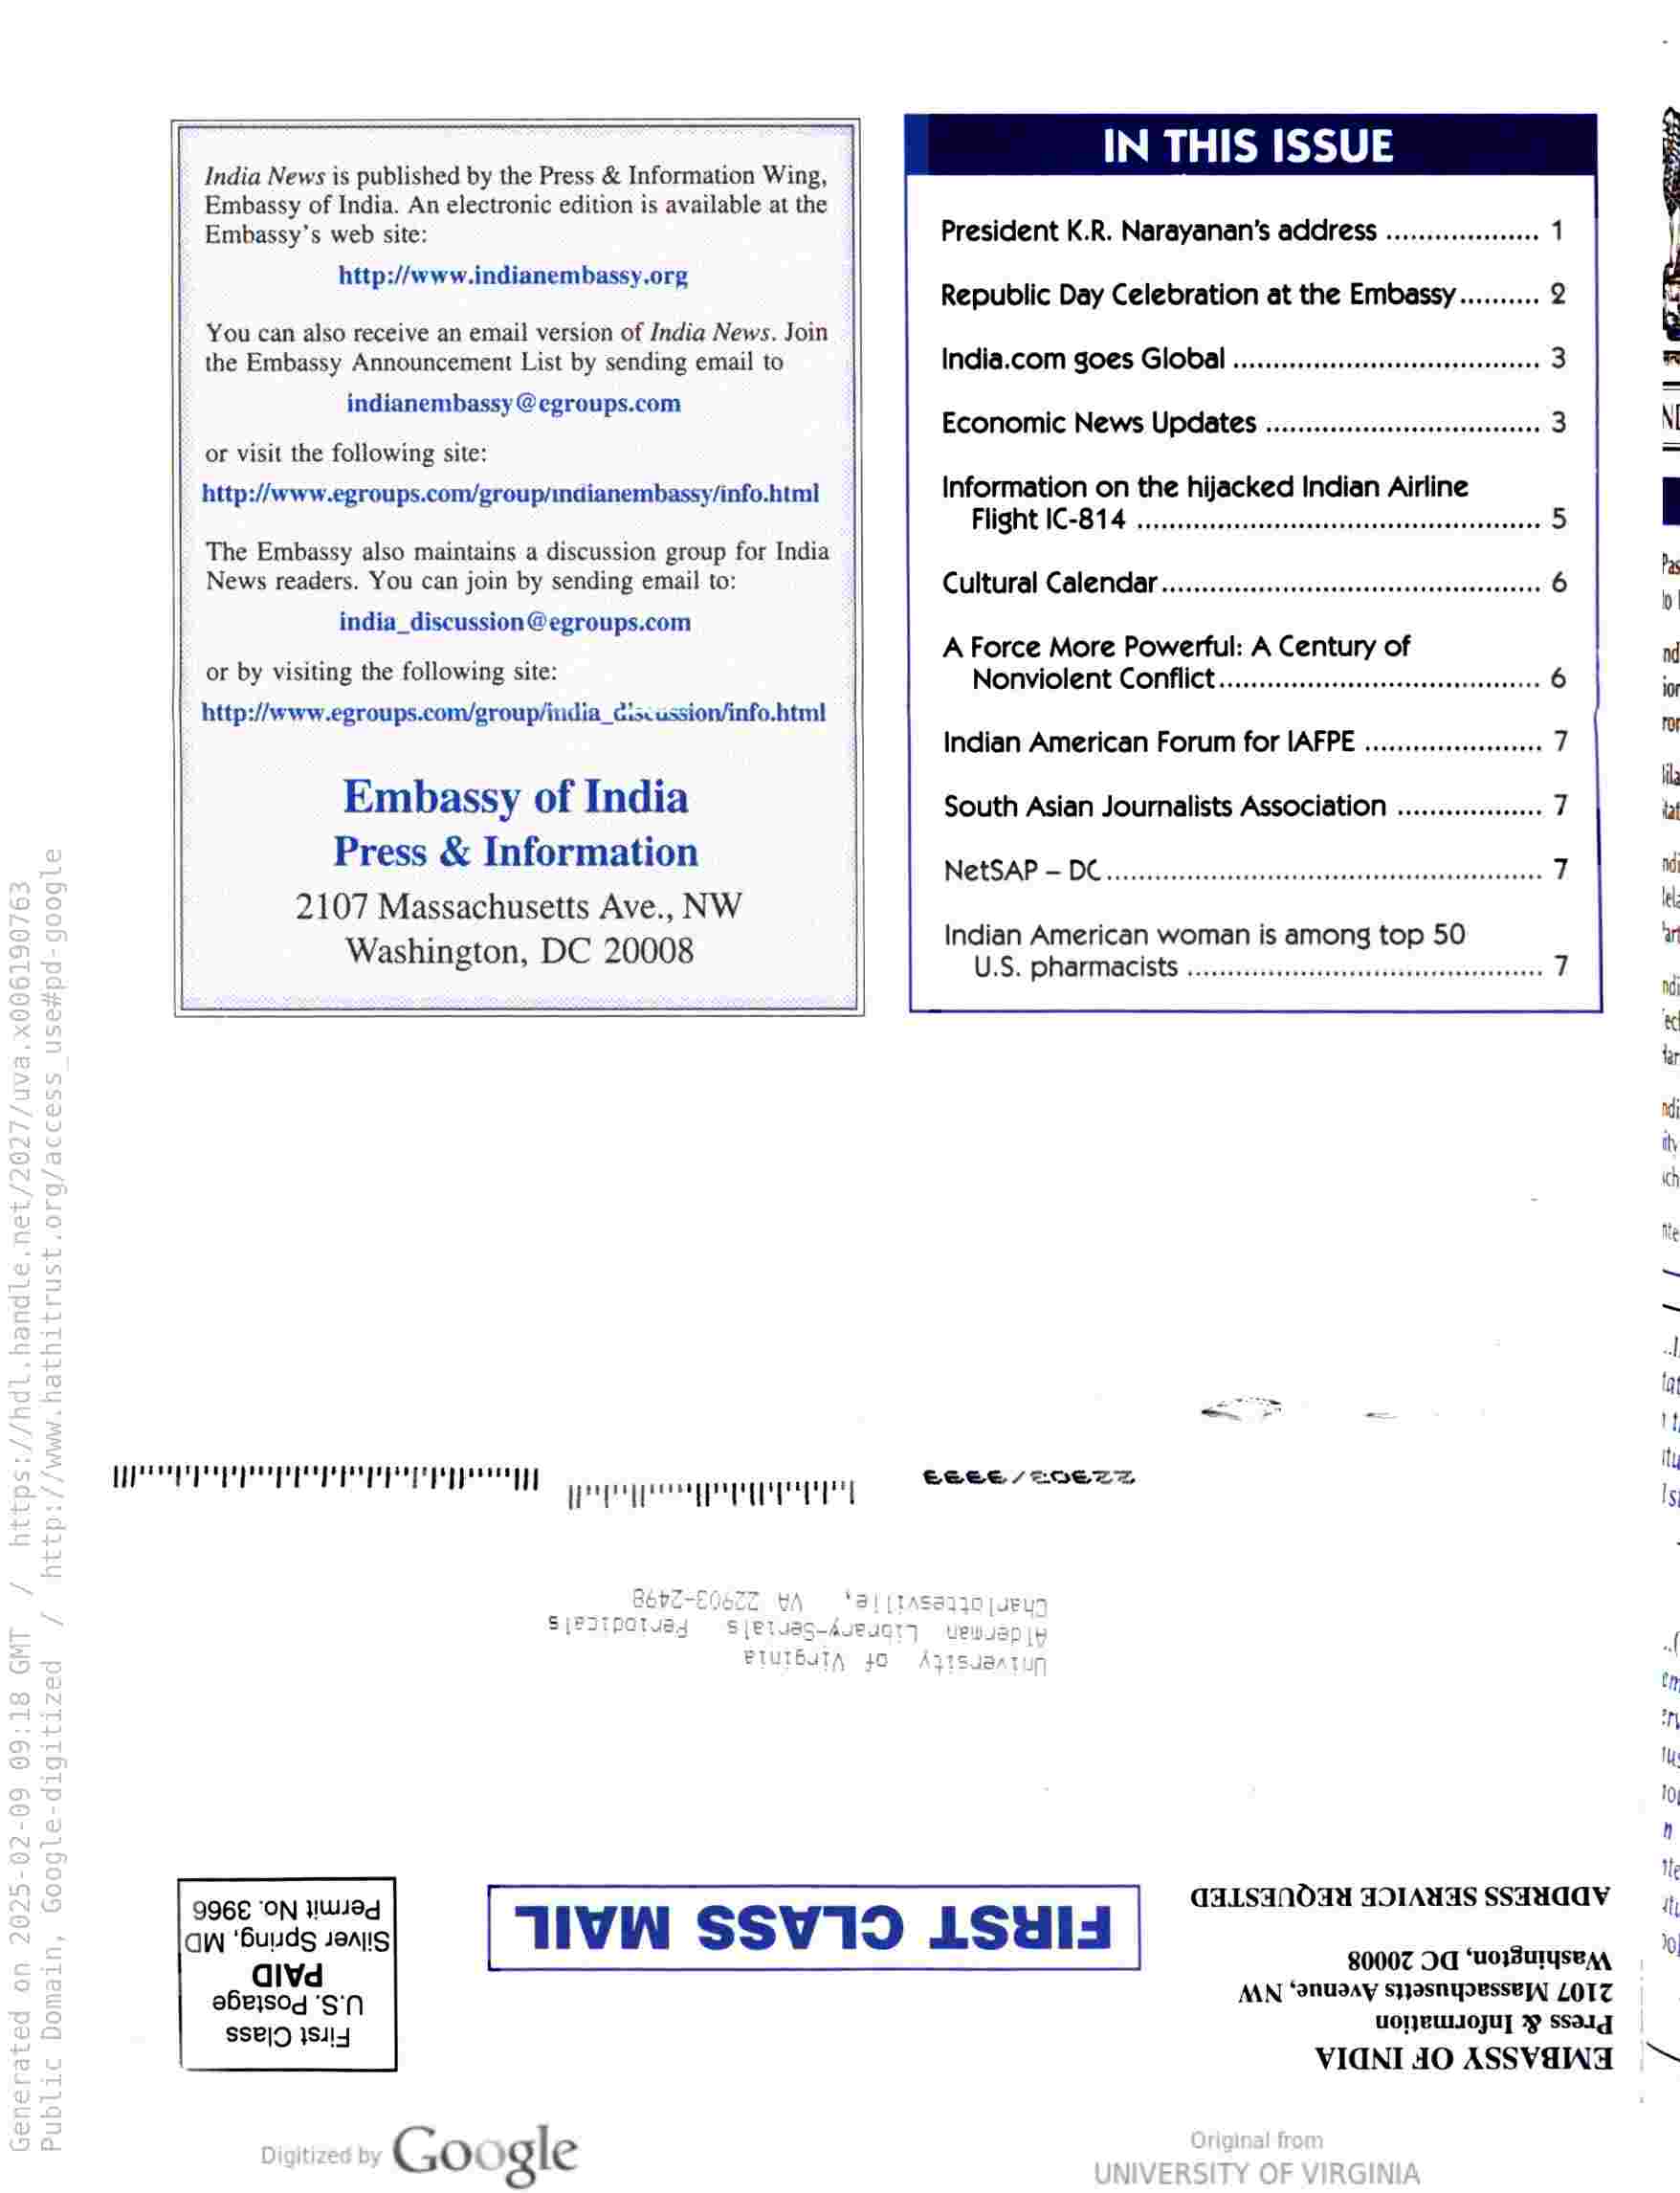
IN THIS ISSUE

India News is published by the Press & Information Wing,
Embassy of India. An electronic edition is available at the
Embassy’s web site: President K.R. Narayanan’s address

http://www.indianembassy,org

Republic Day Celebration at the Embassy
You can also receive an email version of India News. Join
the Embassy Announcement List by sending email to India.com goes Global

indianembassy @egroups.com
oe Economic News Updates ....

or visit the following site:
http://www.egroups.com/group/indianembassy/info.html ce the hijacked Indian Airline
ight IC-814

The Embassy also maintains a discussion group for India
News readers. You can join by sending email to: Cultural Calendar

india_discussion@egroups.com
. ae A Force More Powerful: A Century of
or by visiting the following site: Nonviolent Conflict

http://www.egroups.com/group/india_ciscussion/info.btml
Indian American Forum for IAFPE ....

Embassy of India South Asian Journalists Association
Press & Information

2107 Massachusetts Ave., NW si 6
: Indian American woman is among top
Washington, DC 20008 U.S. pharmacists

NetSAP — DC

TEE Pep peppers pep peeea gay

ESCEE/EMEZE

eee eee

: GaLSaANOad ADIAUAS SSAAdaV
Cw Buds Jong TIVN SSVT9 LSdId
80007 OC ‘UOIuTYsEAY

eae 6 AN OnudAy sHHasnypEsseA] LOTZ

ssei9 ISu4 uOIBULIOJUT WY ssaig

= FF Hm | i 4 ou — aes

asa 32

VIGNI AO ASSVEINA = ™